Report of the Indian Hemp Drugs Commission, 1894-1895 - Volume I
Year: 1894
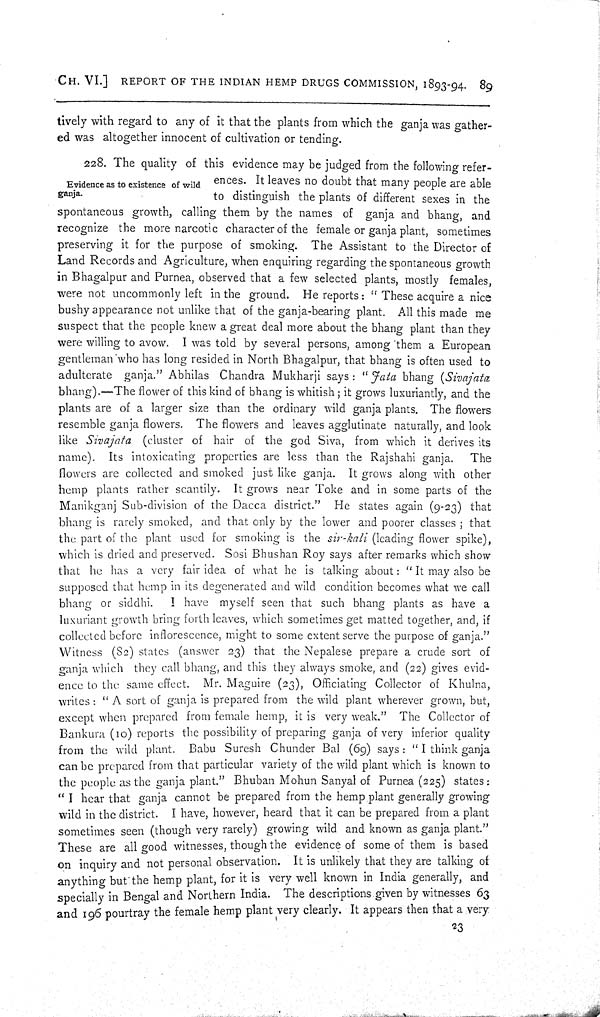
CH. VI.] REPORT OF THE INDIAN HEMP DRUGS COMMISSION, 1893-94. 89
tively with regard to any of it that the plants from which the ganja was gather-
ed was altogether innocent of cultivation or tending.
Evidence as to existence of wild
ganja.
228. The quality of this evidence may be judged from the following refer-
ences. It leaves no doubt that many people are able
to distinguish the plants of different sexes in the
spontaneous growth, calling them by the names of ganja and bhang, and
recognize the more narcotic character of the female or ganja plant, sometimes
preserving it for the purpose of smoking. The Assistant to the Director of
Land Records and Agriculture, when enquiring regarding the spontaneous growth
in Bhagalpur and Purnea, observed that a few selected plants, mostly females,
were not uncommonly left in the ground. He reports: "These acquire a nice
bushy appearance not unlike that of the ganja-bearing plant. All this made me
suspect that the people knew a great deal more about the bhang plant than they
were willing to avow. I was told by several persons, among them a European
gentleman who has long resided in North Bhagalpur, that bhang is often used to
adulterate ganja." Abhilas Chandra Mukharji says: "Fata bhang (Sivajata
bhang).—The flower of this kind of bhang is whitish; it grows luxuriantly, and the
plants are of a larger size than the ordinary wild ganja plants. The flowers
resemble ganja flowers. The flowers and leaves agglutinate naturally, and look
like Sivajata
(cluster of hair of the god Siva, from which it derives its
name). Its intoxicating properties are less than the Rajshahi ganja.
The
flowers are collected and smoked just like ganja. It grows along with other
hemp plants rather scantily. It grows near Toke and in some parts of the
Manikganj Sub-division of the Dacca district." He states again (9-23) that
bhang is rarely smoked, and that only by the lower and poorer classes; that
the part of the plant used for smoking is the sir-kali (leading flower spike),
which is dried and preserved. Sosi Bhushan Roy says after remarks which show
that he has a very fair idea of what he is talking about: "It may also be
supposed that hemp in its degenerated and wild condition becomes what we call
bhang or siddhi.
I have myself seen that such bhang plants as have a
luxuriant growth bring forth leaves, which sometimes get matted together, and, if
collected before inflorescence, might to some extent serve the purpose of ganja."
Witness (82) states (answer 23) that the Nepalese prepare a crude sort of
ganja which they call bhang, and this they always smoke, and (22) gives evid-
ence to the same effect. Mr. Maguire (23), Officiating Collector of Khulna,
writes: "A sort of ganja is prepared from the wild plant wherever grown, but,
except when prepared from female hemp, it is very weak." The Collector of
Bankura (10) reports the possibility of preparing ganja of very inferior quality
from the wild plant. Babu Suresh Chunder Bal (69) says: "I think ganja
can be prepared from that particular variety of the wild plant which is known to
the people as the ganja plant." Bhuban Mohun Sanyal of Purnea (225) states:
"I hear that ganja cannot be prepared from the hemp plant generally growing
wild in the district. I have, however, heard that it can be prepared from a plant
sometimes seen (though very rarely) growing wild and known as ganja plant."
These are all good witnesses, though the evidence of some of them is based
on inquiry and not personal observation. It is unlikely that they are talking of
anything but the hemp plant, for it is very well known in India generally, and
specially in Bengal and Northern India. The descriptions given by witnesses 63
and 196 pourtray the female hemp plant very clearly. It appears then that a very
23